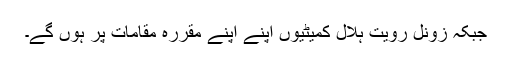
جبکہ زونل رویت ہلال کمیٹیوں اپنے اپنے مقررہ مقامات پر ہوں گے۔